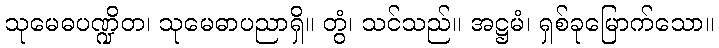
သုမေဓပဏ္ဍိတ၊ သုမေဓာပညာရှိ။ တွံ၊ သင်သည်။ အဋ္ဌမံ၊ ရှစ်ခုမြောက်သော။